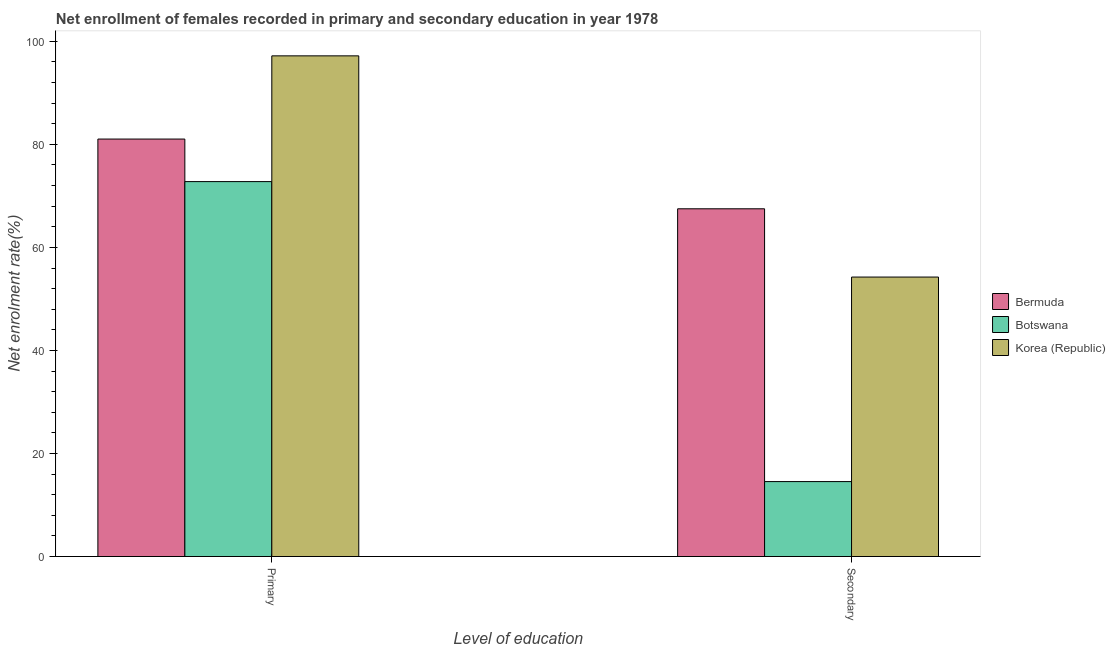
| Level of education | Bermuda | Botswana | Korea (Republic) |
 | --- | --- | --- | --- |
 | Primary | 81 | 72.8 | 97.2 |
 | Secondary | 67.5 | 14.5 | 54.2 |